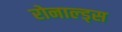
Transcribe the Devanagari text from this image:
रोनाल्ड्स